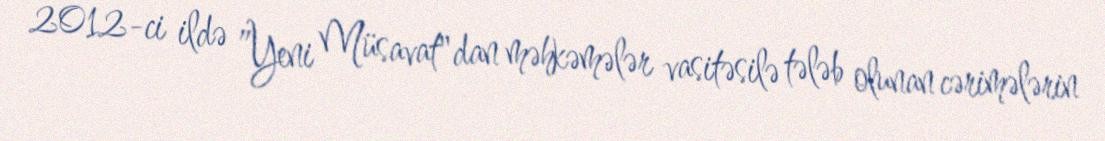
2012-ci ildə ”Yeni Müsavat"dan məhkəmələr vasitəsilə tələb olunan cərimələrin